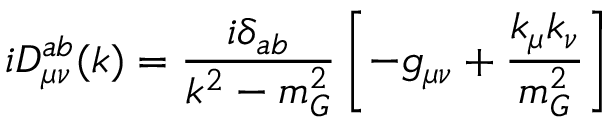
i D _ { \mu \nu } ^ { a b } ( k ) = \frac { i \delta _ { a b } } { k ^ { 2 } - m _ { G } ^ { 2 } } \left[ - g _ { \mu \nu } + \frac { k _ { \mu } k _ { \nu } } { m _ { G } ^ { 2 } } \right]